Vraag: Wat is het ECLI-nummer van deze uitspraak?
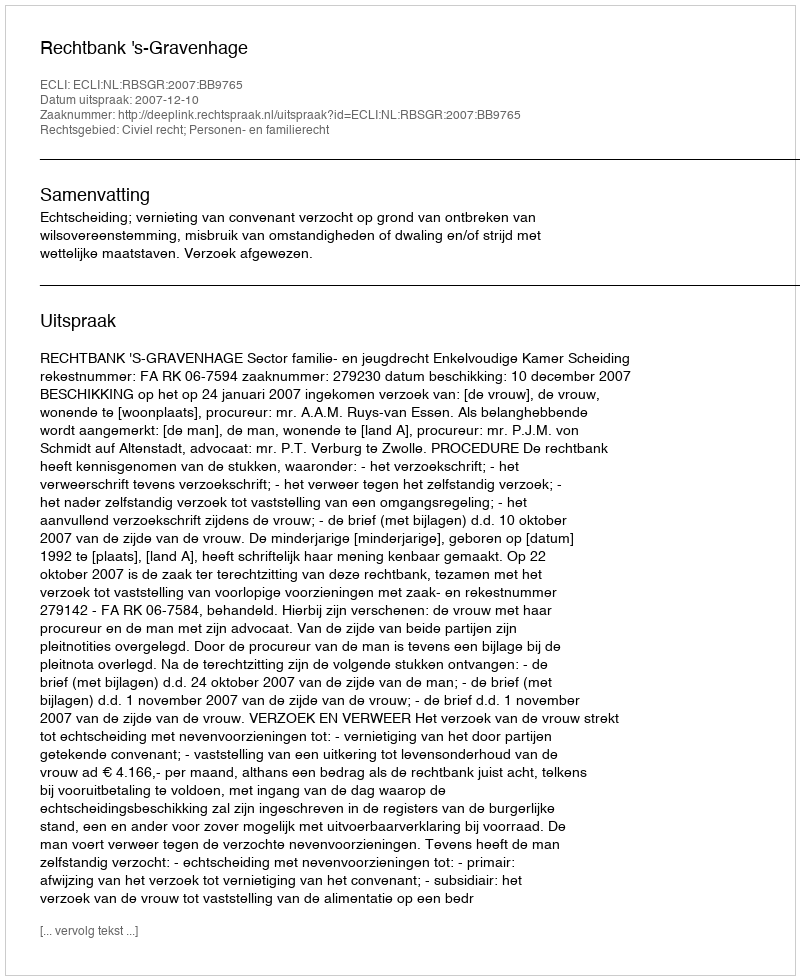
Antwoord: ECLI:NL:RBSGR:2007:BB9765